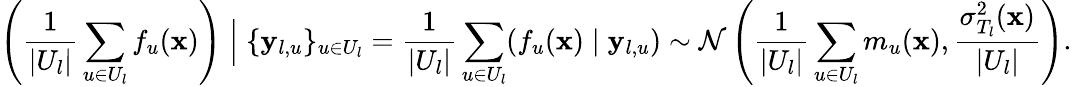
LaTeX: \left(\frac{1}{|U_{l}|}\sum_{u\in U_{l}}f_{u}(\mathbf{x})\right)\Bigm|\{ \mathbf{y}_{l,u}\} _{u\in U_{l}}=\frac{1}{|U_{l}|}\sum_{u\in U_{l}}(f_{u}(\mathbf{x})\mid\mathbf{y}_{l,u})\sim\mathcal{N}\left(\frac{1}{|U_{l}|}\sum_{u\in U_{l}}m_{u}(\mathbf{x}),\frac{\sigma_{T_{l}}^{2}(\mathbf{x})}{|U_{l}|}\right).